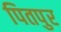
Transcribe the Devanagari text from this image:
पितपुर